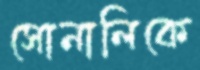
সোনালিকে